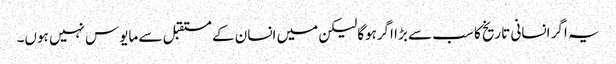
یہ اگر انسانی تاریخ کا سب سے بڑا اگرہوگالیکن میں انسان کے مستقبل سے مایوس نہیں ہوں۔